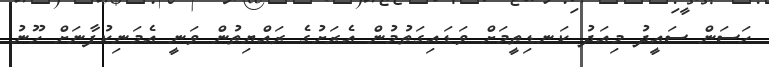
ހަސަން ސައީދު މިއަދު ކަނޑިތީމަށް ވަޑައިގަތުމުން އެރަށުގެ ރައްޔިތުން ވަނީ އެމަނިކުފާނަށް ހޫނު